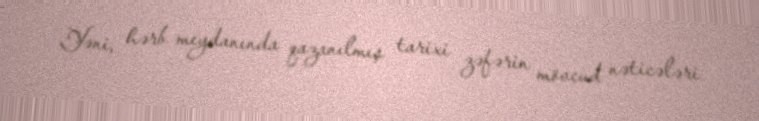
Yəni, hərb meydanında qazanılmış tarixi zəfərin mövcud nəticələri